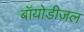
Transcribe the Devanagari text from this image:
बॉयोडीज़ल